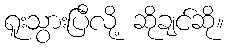
ရူးသွားပြီလို့ ဆိုချင်ဆို။